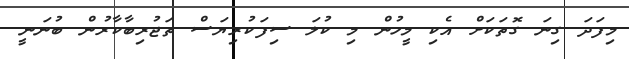
މިފަދަ ގިނަ ގޮތަކަށް އެކި މީހުން މި ކުލަ ސިފަކުރިޔަސް ތަޖުރިބާކާރުން ބުނަނީ